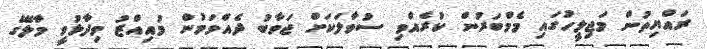
ރައްޔިތުން މަޖިލީހުގައި މެމްބަރުން ކުރެއްވި ސުވާލަކަށް ޖަވާބު ދެއްވަމުން މުއިއްޒު ވިދާޅުވީ މާލޭގެ